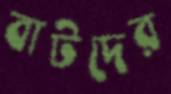
বাটদের